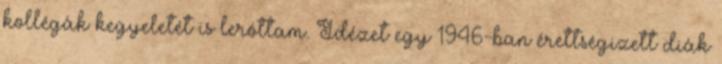
kollégák kegyeletét is leróttam. Idézet egy 1946-ban érettségizett diák